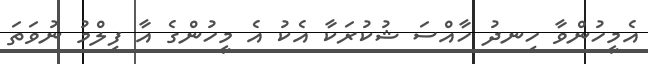
އެމީހުންވާ ހިނދު ހާއްސަ ޝުކުރަކާ އެކު އެ މީހުންގެ އާ ފިލްމު ނުވަތަ